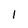
Character: I